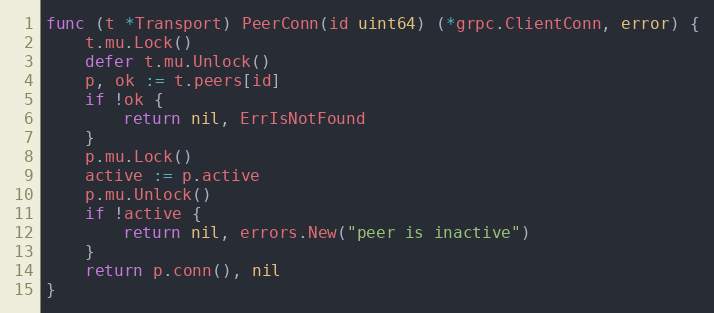
Language: Go
func (t *Transport) PeerConn(id uint64) (*grpc.ClientConn, error) {
	t.mu.Lock()
	defer t.mu.Unlock()
	p, ok := t.peers[id]
	if !ok {
		return nil, ErrIsNotFound
	}
	p.mu.Lock()
	active := p.active
	p.mu.Unlock()
	if !active {
		return nil, errors.New("peer is inactive")
	}
	return p.conn(), nil
}